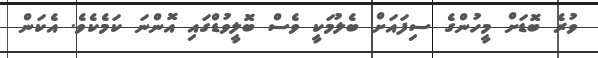
ވުރެ ބޮޑަށް މީހުންގެ ސިފައަށް ބެލުމަކީ ވެސް ބޮލީވުޑްގައި އޮންނަ ކަމެކެވެ. އެކަން